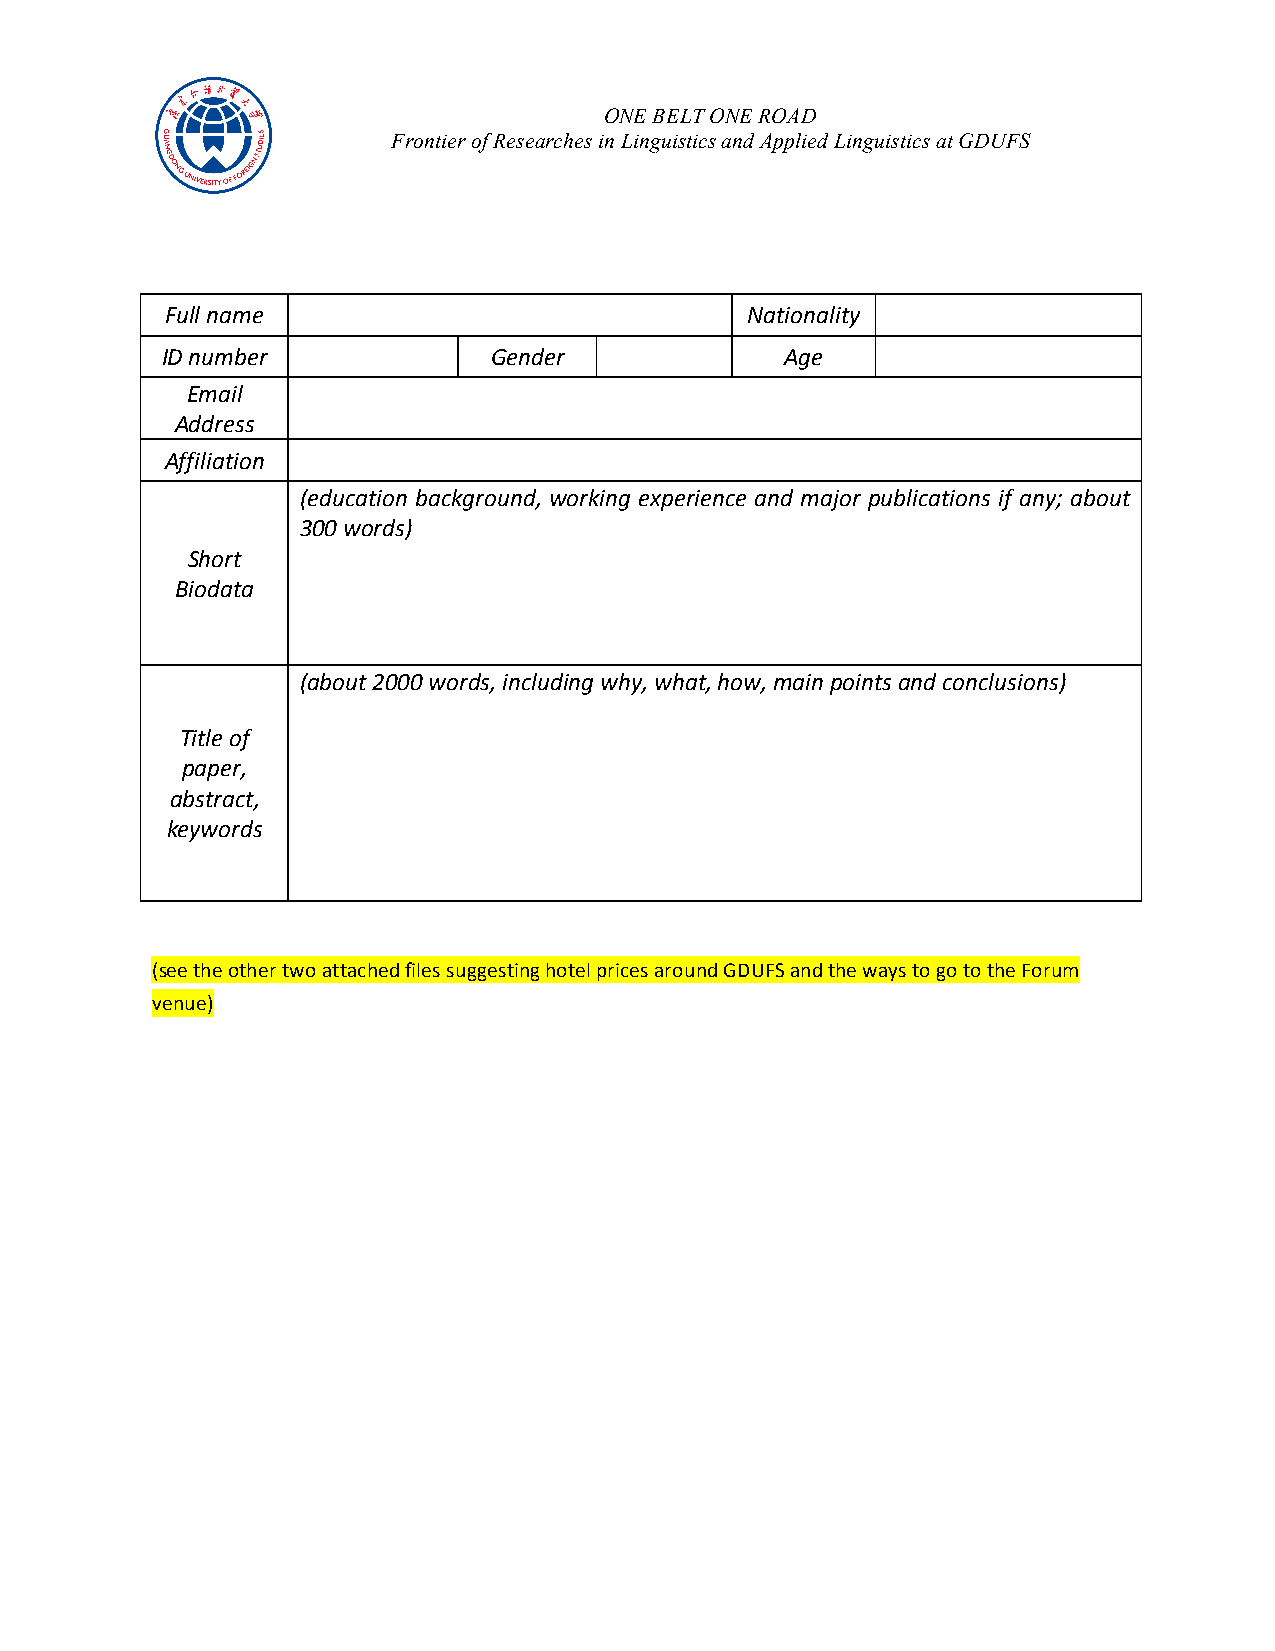
ONE BELT ONE ROAD
 Frontier of Researches in Linguistics and Applied Linguistics at GDUFS
 Full name                             Nationality
 ID number            Gender              Age
 Email
 Address
 Affiliation
 (education background, working experience and major publications if any; about
 300 words)
 Short
 Biodata
 (about 2000 words, including why, what, how, main points and conclusions)
 Title of
 paper,
 abstract,
 keywords
 (see the other two attached files suggesting hotel prices around GDUFS and the ways to go to the Forum
 venue)